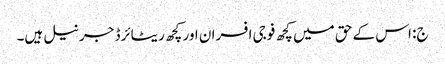
ج: اس کے حق میں کچھ فوجی افسران اور کچھ ریٹائرڈ جرنیل ہیں۔